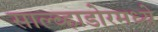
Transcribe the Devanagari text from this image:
साल्व्हाडोरमध्ये